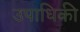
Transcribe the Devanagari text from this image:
उपाधिकी